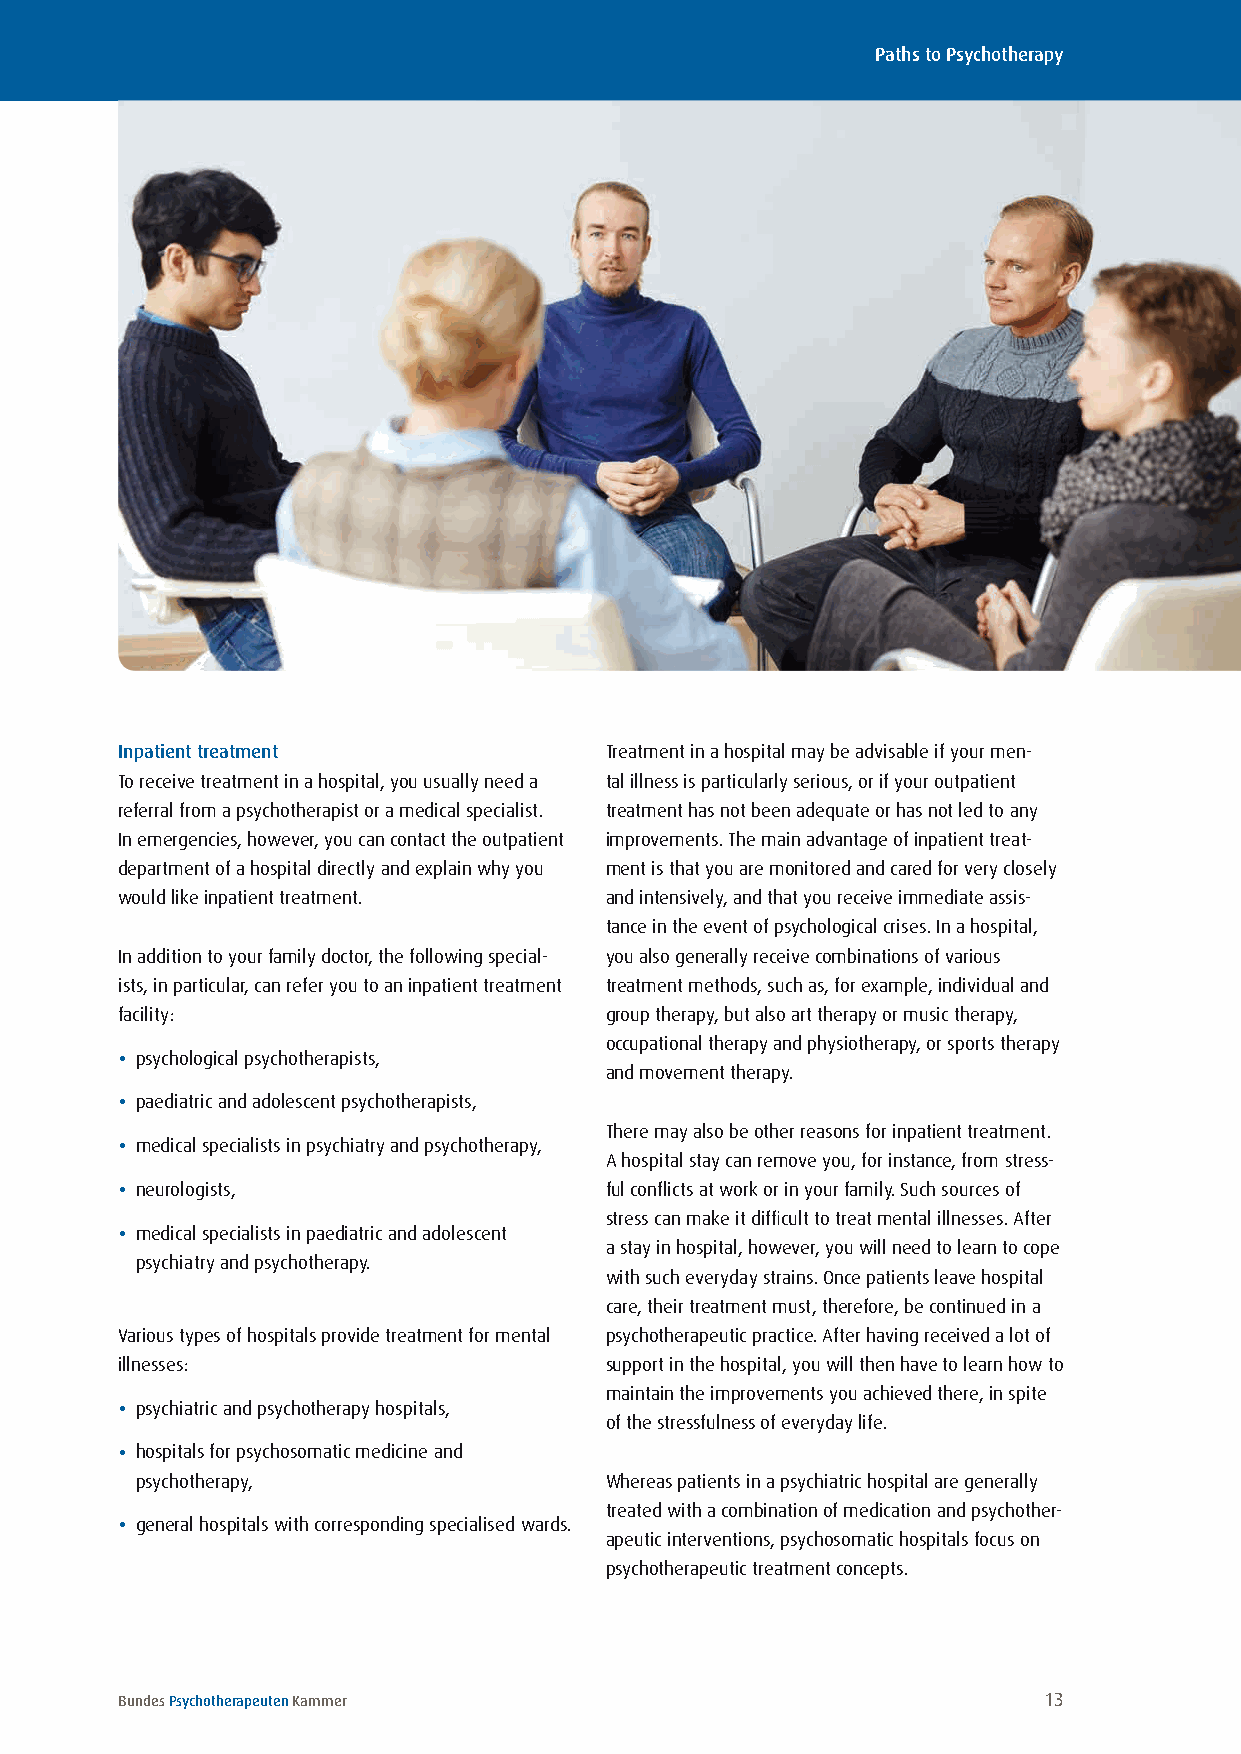
Paths to Psychotherapy
 Inpatient treatment             Treatment in a hospital may be advisable if your men-
 To receive treatment in a hospital, you usually need a tal illness is particularly serious, or if your outpatient
 referral from a psychotherapist or a medical specialist . treatment has not been adequate or has not led to any
 In emergencies, however, you can contact the outpatient improvements . The main advantage of inpatient treat-
 department of a hospital directly and explain why you ment is that you are monitored and cared for very closely
 would like inpatient treatment . and intensively, and that you receive immediate assis-
 tance in the event of psychological crises . In a hospital,
 In addition to your family doctor, the following special- you also generally receive combinations of various
 ists, in particular, can refer you to an inpatient treatment treatment methods, such as, for example, individual and
 facility:                       group therapy, but also art therapy or music therapy,
 occupational therapy and physiotherapy, or sports therapy
 • psychological psychotherapists,
 and movement therapy .
 • paediatric and adolescent psychotherapists,
 There may also be other reasons for inpatient treatment .
 • medical specialists in psychiatry and psychotherapy,
 A hospital stay can remove you, for instance, from stress-
 • neurologists,                 ful conflicts at work or in your family . Such sources of
 stress can make it difficult to treat mental illnesses . After
 • medical specialists in paediatric and adolescent
 a stay in hospital, however, you will need to learn to cope
 psychiatry and psychotherapy .
 with such everyday strains . Once patients leave hospital
 care, their treatment must, therefore, be continued in a
 Various types of hospitals provide treatment for mental psychotherapeutic practice . After having received a lot of
 illnesses:                      support in the hospital, you will then have to learn how to
 maintain the improvements you achieved there, in spite
 • psychiatric and psychotherapy hospitals,
 of the stressfulness of everyday life .
 • hospitals for psychosomatic medicine and
 psychotherapy,                 Whereas patients in a psychiatric hospital are generally
 treated with a combination of medication and psychother-
 • general hospitals with corresponding specialised wards .
 apeutic interventions, psychosomatic hospitals focus on
 psychotherapeutic treatment concepts .
 Bundes Psychotherapeuten Kammer                              13